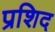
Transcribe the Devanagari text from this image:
प्रशिद